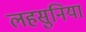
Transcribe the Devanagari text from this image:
लहसुनियां